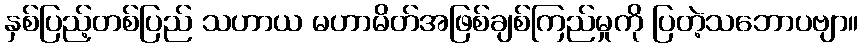
နှစ်ပြည့်တစ်ပြည် သဟာယ မဟာမိတ်အဖြစ်ချစ်ကြည်မှုကို ပြတဲ့သဘောပဗျာ။